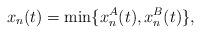
LaTeX: \begin{align*}x_n(t)=\min\{x_n^A(t),x_n^B(t)\},\end{align*}